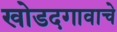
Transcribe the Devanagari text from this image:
खोडदगावाचे